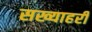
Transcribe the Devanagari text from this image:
सख्याहरी